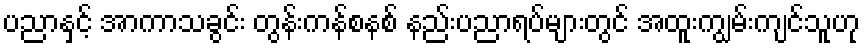
ပညာနှင့် အာကာသခွင်း တွန်းကန်စနစ် နည်းပညာရပ်များတွင် အထူးကျွမ်းကျင်သူဟု